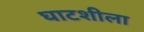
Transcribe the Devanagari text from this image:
घाटशीला